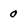
Character: 0